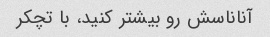
آناناسش رو بیشتر کنید، با تچکر